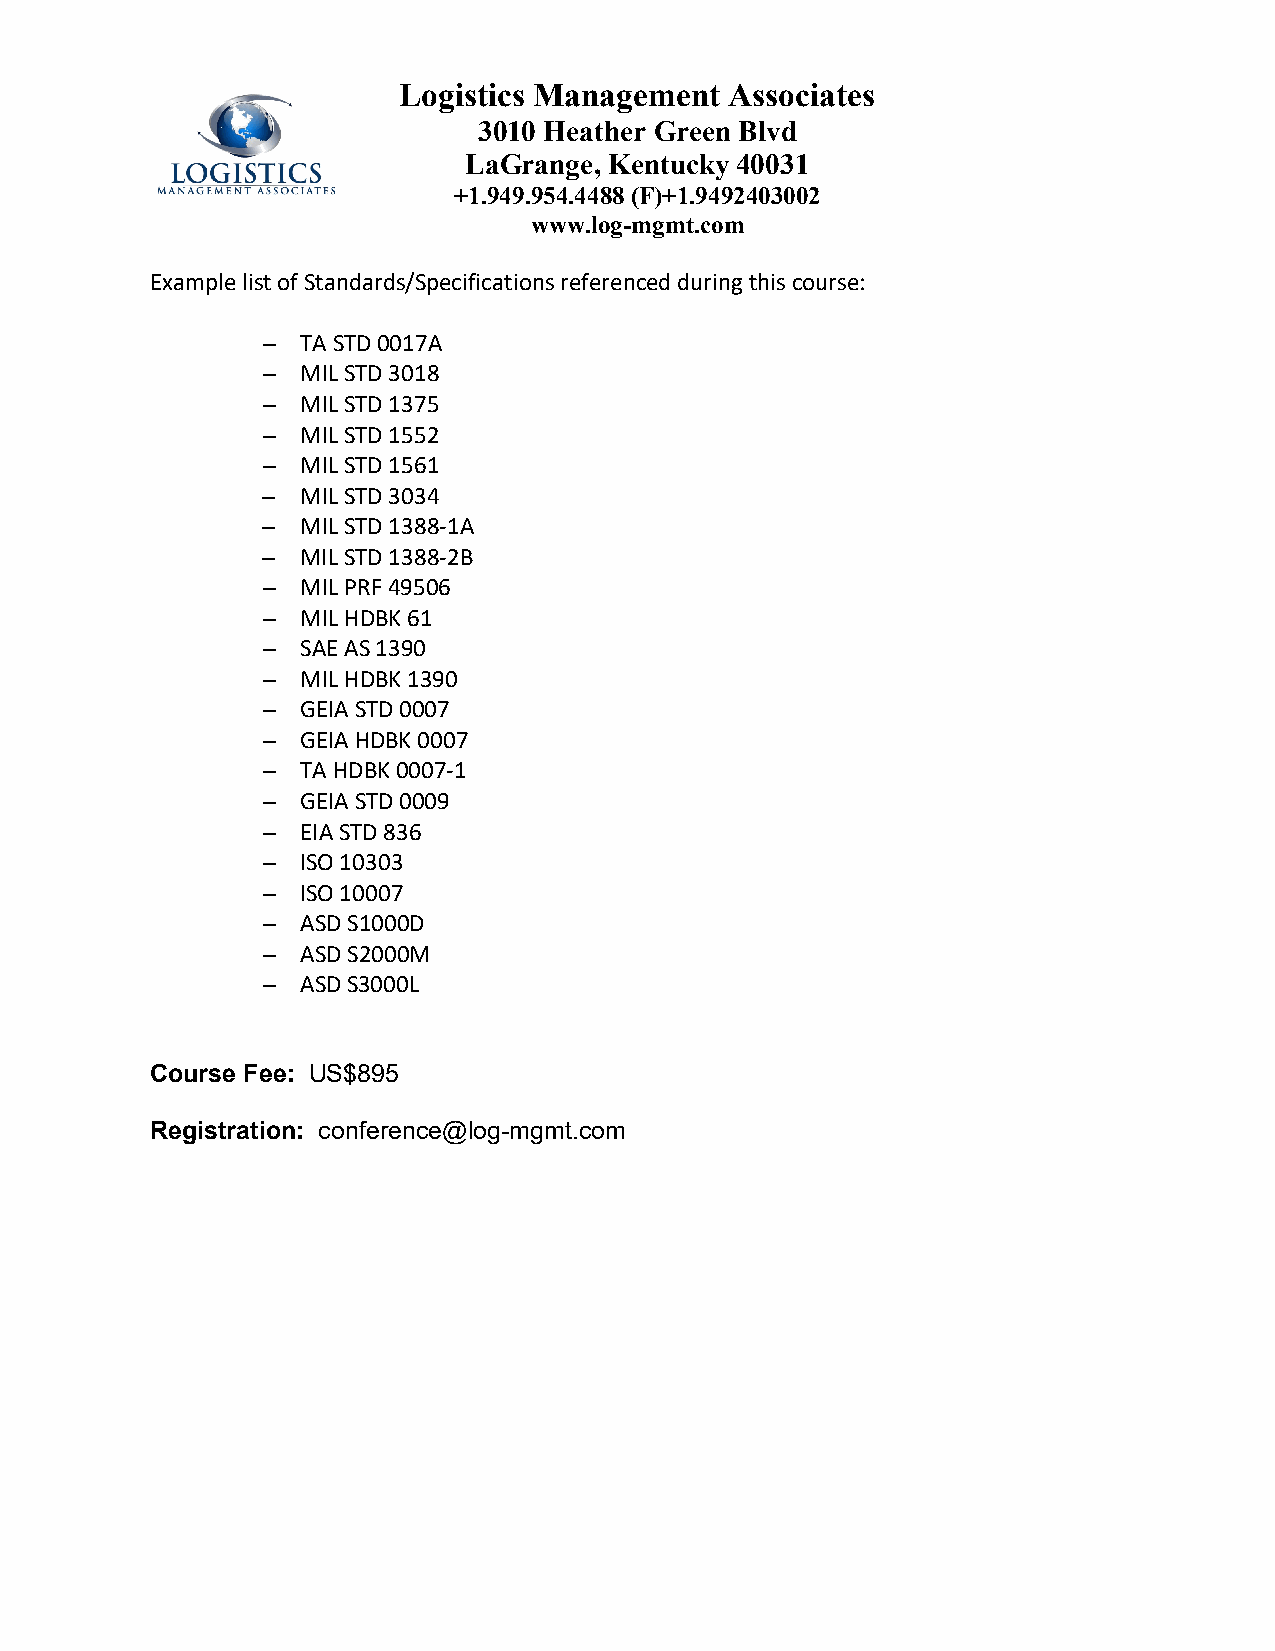
Logistics Management  Associates
 3010 Heather Green Blvd
 LaGrange, Kentucky 40031
 +1.949.954.4488 (F)+1.9492403002
 www.log-mgmt.com
 Example list of Standards/Specifications referenced during this course:
 –  TA STD 0017A
 –  MIL STD 3018
 –  MIL STD 1375
 –  MIL STD 1552
 –  MIL STD 1561
 –  MIL STD 3034
 –  MIL STD 1388-1A
 –  MIL STD 1388-2B
 –  MIL PRF 49506
 –  MIL HDBK 61
 –  SAE AS 1390
 –  MIL HDBK 1390
 –  GEIA STD 0007
 –  GEIA HDBK 0007
 –  TA HDBK 0007-1
 –  GEIA STD 0009
 –  EIA STD 836
 –  ISO 10303
 –  ISO 10007
 –  ASD S1000D
 –  ASD S2000M
 –  ASD S3000L
 Course Fee: US$895
 Registration: conference@log-mgmt.com